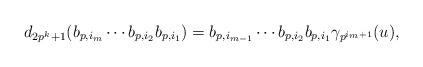
LaTeX: \begin{align*}d_{2p^{k}+1}(b_{p,i_m}\cdots b_{p,i_2}b_{p,i_1})=b_{p,i_{m-1}}\cdots b_{p,i_2}b_{p,i_1}\gamma_{p^{i_m+1}}(u),\end{align*}